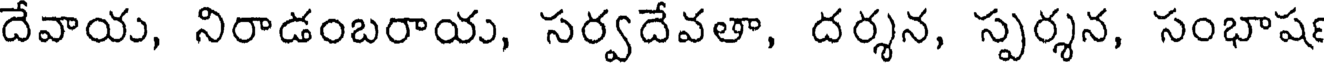
దేవాయ, నిరాడంబరాయ, సర్వదేవతా, దర్శన, స్పర్శన, సంభాష